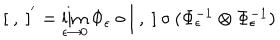
[ \ , \ ] ^ { ' } = \lim _ { \epsilon \to 0 } \Phi _ { \epsilon } \circ [ \ , \ ] \circ ( \Phi _ { \epsilon } ^ { - 1 } \otimes \Phi _ { \epsilon } ^ { - 1 } )